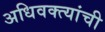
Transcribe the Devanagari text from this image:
अधिवक्त्यांची